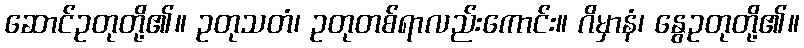
ဆောင်ဥတုတို့၏။ ဥတုသတံ၊ ဥတုတစ်ရာလည်းကောင်း။ ဂိမှာနံ၊ နွေဥတုတို့၏။